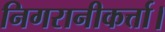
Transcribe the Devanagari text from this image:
निगरानीकर्त्ता।